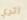
اتري